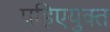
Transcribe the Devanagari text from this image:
पहिएयुक्‍त